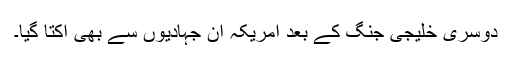
دوسری خلیجی جنگ کے بعد امریکہ ان جہادیوں سے بھی اکتا گیا۔